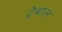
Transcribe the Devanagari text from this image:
ट्रेबाल